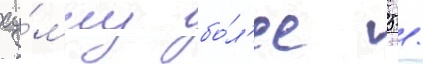
су́мму бо́л'ее 5 /